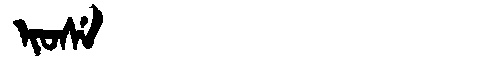
Manchu: ᡳᠣᠰᡝ
Romanization: IOSE